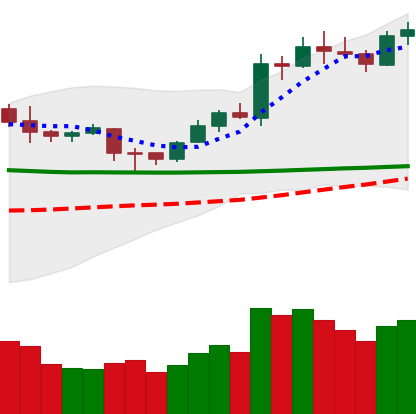
Ticker: LTC-USD
Chart end date: 2020-02-06
Forward return: 4.372%
Label: up_3_5